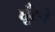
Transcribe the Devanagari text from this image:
घूँटने